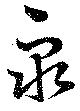
衆